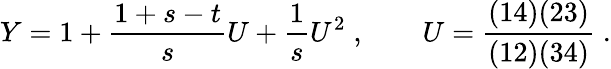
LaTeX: Y=1+{\frac{1+s-t}{s}}U+{\frac{1}{s}}U^{2}\; ,\qquad U={\frac{(14)(23)}{(12)(34)}}\; .